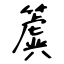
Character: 簴